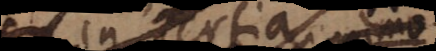
hinc in tertia